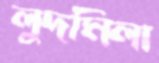
লুদমিলা